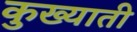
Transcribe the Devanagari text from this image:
कुख्याती